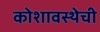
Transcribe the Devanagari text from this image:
कोशावस्थेची